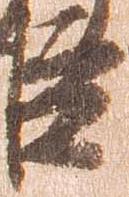
臣